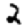
Digit: 2